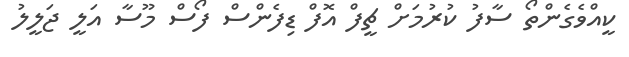
ކީއްވެގެންތޯ ސާފު ކުރުމަށް ޗީފް އޮފް ޑިފެންސް ފޯސް މޫސާ އަލީ ޖަލީލު